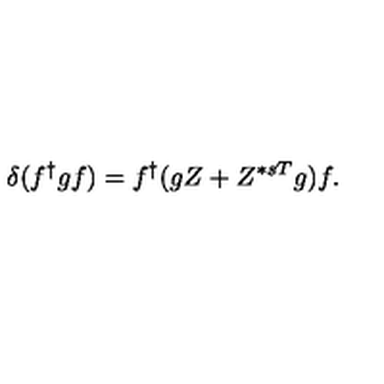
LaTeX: \delta ( f ^ { \dag } g f ) = f ^ { \dag } ( g Z + Z ^ { * s T } g ) f .